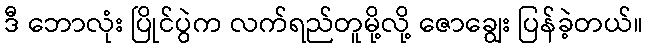
ဒီ ဘောလုံး ပြိုင်ပွဲက လက်ရည်တူမို့လို့ ဇောချွေး ပြန်ခဲ့တယ်။